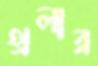
থ্রলার